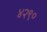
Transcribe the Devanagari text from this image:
४२९०